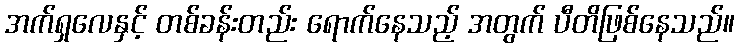
အက်ရှလေနှင့် တစ်ခန်းတည်း ရောက်နေသည့် အတွက် ပီတိဖြစ်နေသည်။